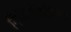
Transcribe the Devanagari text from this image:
निर्मितीप्रक्रिया